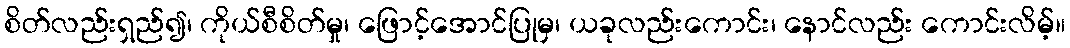
စိတ်လည်းရှည်၍၊ ကိုယ်စီစိတ်မှု၊ ဖြောင့်အောင်ပြုမှ၊ ယခုလည်းကောင်း၊ နောင်လည်း ကောင်းလိမ့်။